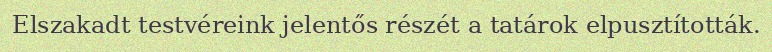
Elszakadt testvéreink jelentős részét a tatárok elpusztították.